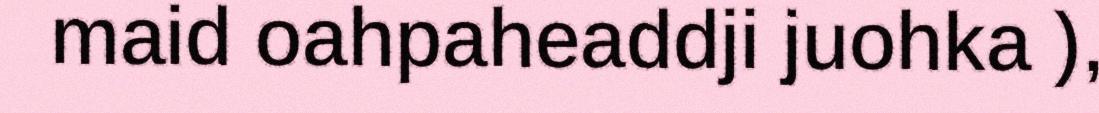
maid oahpaheaddji juohka ),